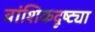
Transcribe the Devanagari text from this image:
वांशिकदृष्ट्या